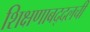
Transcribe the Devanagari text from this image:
शिक्षणाबद्दलची